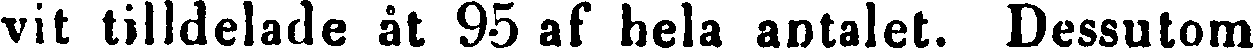
vit tilldelade åt 95 af hela antalet. Dessutom